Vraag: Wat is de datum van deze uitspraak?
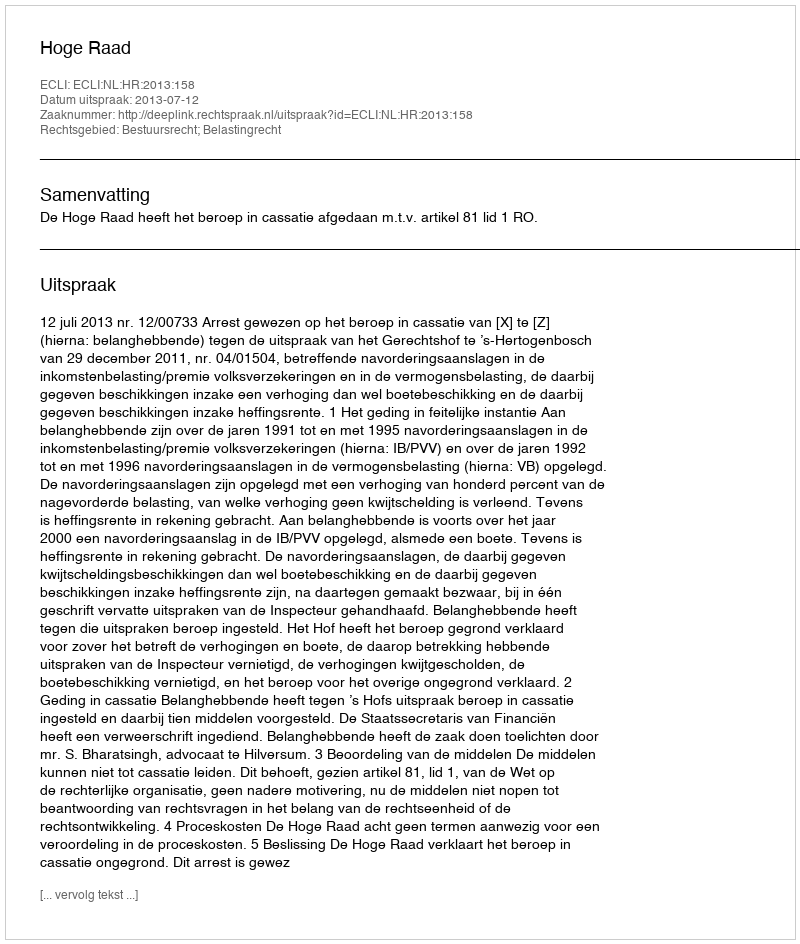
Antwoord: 2013-07-12